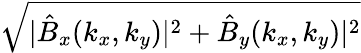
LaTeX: \sqrt{|\hat{B}_{x}({k_{x},k_{y}})|^{2}+\hat{B}_{y}({k_{x},k_{y}})|^{2}}